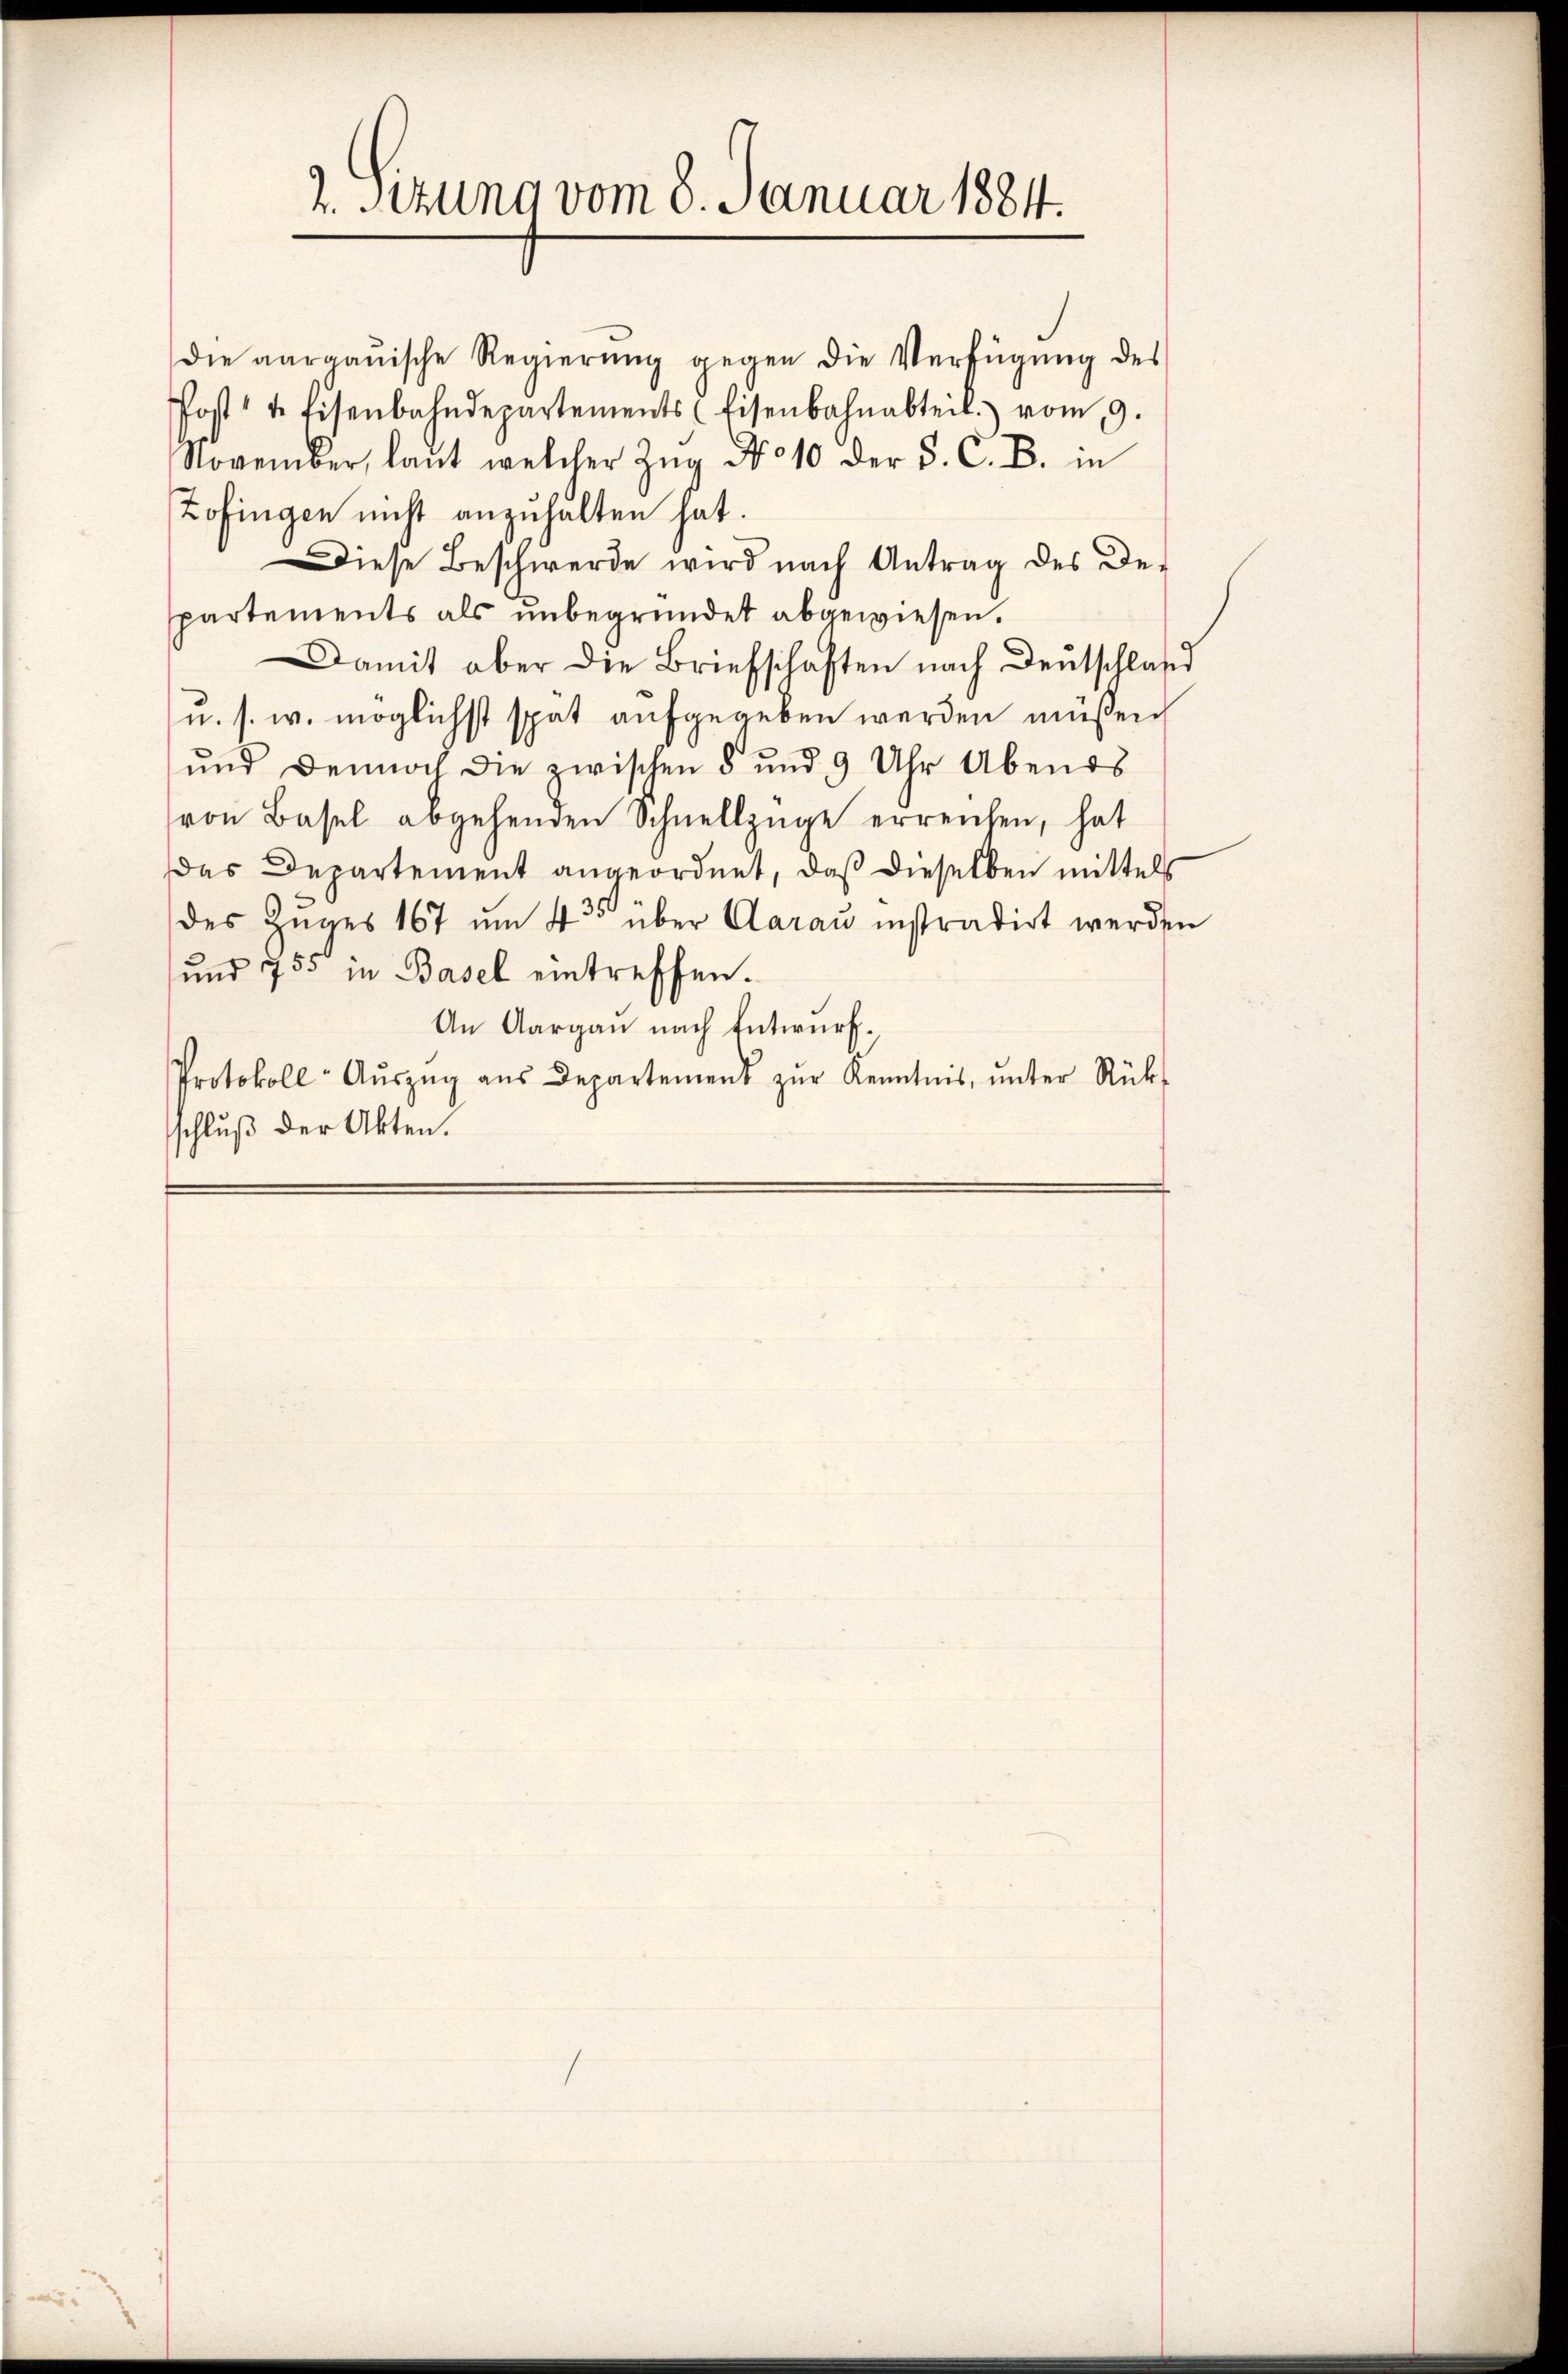
2. Sitzung vom 8. Januar 1884.

die aargauische Regierŭng gegen die Verfügŭng des
Post 4 Eisenbahndepartements (Eisenbahnabteil vom 9.
November, laut welcher Zŭg No 10 der S. C. B. in
Zofingen nicht anzuhalten hat.
Diese Beschwerde wird nach Antrag des Der
partements als unbegründet abgewiesen.
Damit aber die Briefschaften nach Deutschland
u. s. w. möglichst spät aufgegeben werden müßen
und dennoch die zwischen 8 und 9 Uhr Abends
von Basel abgehenden Schnellzüge erreichen, hat
das Departement angeordnet, daß dieselben mittels
des Zuges 167 um 435 über Aarau instradirt werden
und 755 in Basel eintreffen.
An Aargau nach Entwurf.
Protokoll- Aŭszŭg aŭs Departement zŭr Kenntnis, ŭnter Rück-
schluß der Akten.